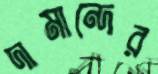
দামান্দের